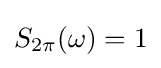
S_{2\pi }(\omega )=1